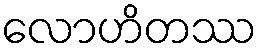
လောဟိတဿ